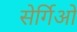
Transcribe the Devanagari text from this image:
सेर्गिओ